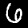
Digit: 6